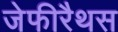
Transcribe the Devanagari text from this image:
जेफीरैथस